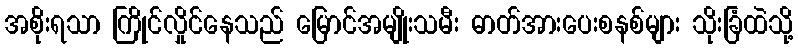
အစိုးရသာ ကြိုင်လှိုင်နေသည် မြောင်အမျိုးသမီး ဓာတ်အားပေးစနစ်များ သိုးခြံထဲသို့